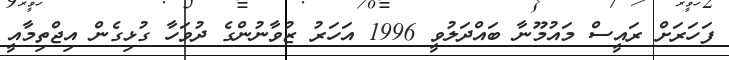
ފަހަރަށް ރައީސް މައުމޫނާ ބައްދަލުވީ 1996 އަހަރު ޒުވާނުންގެ ދުވަހާ ގުޅިގެން އިޖްތިމާއީ